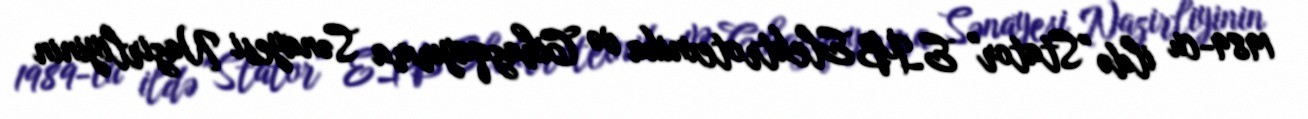
1989-cu ildə "Stator" EİB Elektrotexnika və Cihazqayırma Sənayesi Nazirliyinin